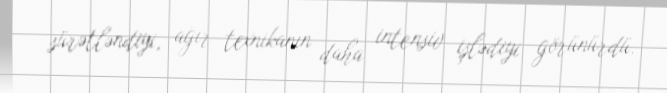
sürətləndiyi, ağır texnikanın daha intensiv işlədiyi görünürdü.